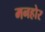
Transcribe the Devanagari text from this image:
मनहोर